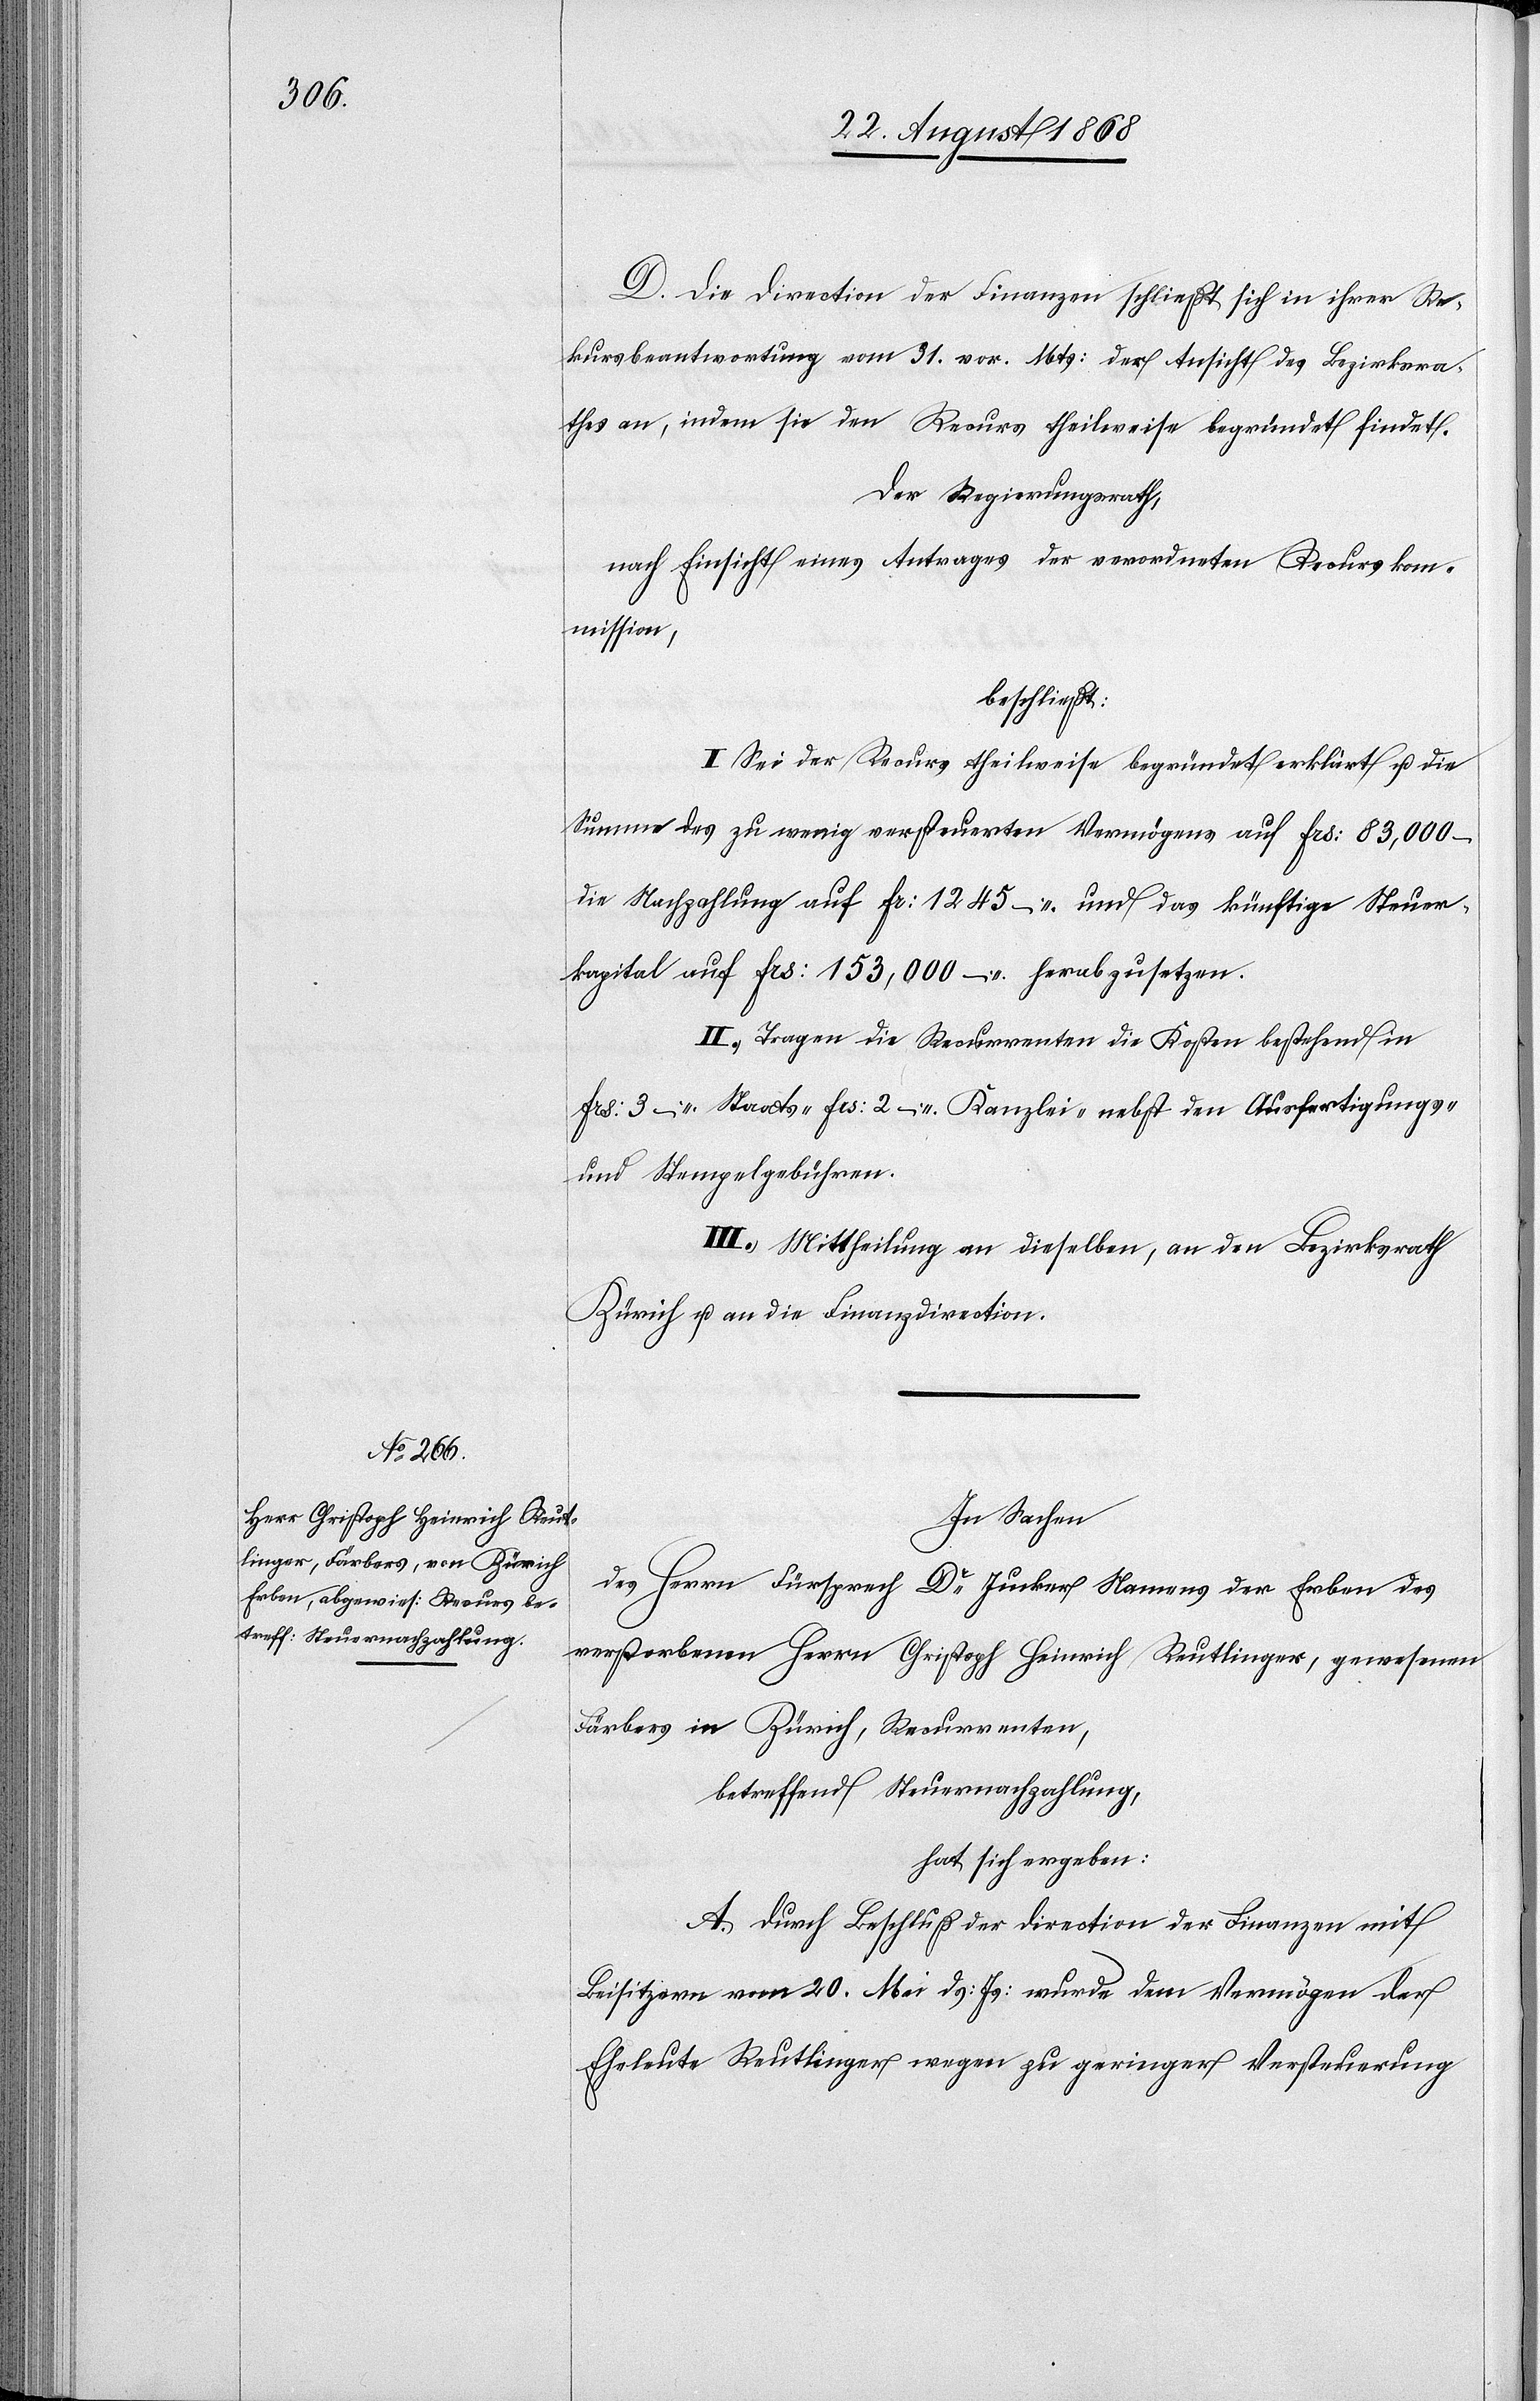
D. Die Direction der Finanzen schließt sich in ihrer Re¬
kursbeantwortung vom 31. vor. Mts: der Ansicht des Bezirksra¬
thes an, indem sie den Recurs theilweise begründet findet.
Der Regierungsrath,
nach Einsicht eines Antrages der verordneten Recurskom¬
mission,
beschließt:
I. Sei der Recurs theilweise begründet erklärt u. die
Summe des zu wenig versteuerten Vermögens auf Frs: 83,000 –
die Nachzahlung auf Fr: 1245 – und das künftige Steuer¬
kapital auf Frs: 153,000 – herabzusetzen.
II. Tragen die Recurrenten die Kosten bestehend in
Frs: 3 – Staats-[,] Frs: 2 – Kanzlei-[,] nebst den Ausfertigungs-
und Stempelgebühren.
III. Mittheilung an dieselben, an den Bezirksrath
Zürich u. an die Finanzdirection.
In Sachen
des Herrn Fürsprech Dr Jucker Namens der Erben des
verstorbenen Herrn Christoph Heinrich Reutlinger, gewesenen
Färbers in Zürich, Recurrenten,
betreffend Steuernachzahlung,
hat sich ergeben:
A. Durch Beschluß der Direction der Finanzen mit
Beisitzern vom 20. Mai ds: Js: wurde dem Vermögen der
Eheleute Reutlinger wegen zu geringer Versteuerung